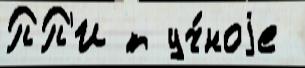
ПП'И т уч́ноjе